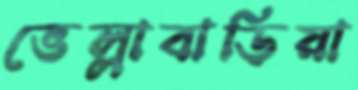
ভেল্লাবাড়িয়া